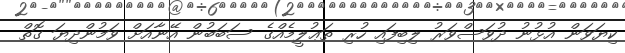
ކިޔަވަން އުޅުނު ދުވަސްވަރު ލިބިފައި ހުރި ތަޢުލީމެއްގެ ސަބަބުން އޭނާއަށް ވަމުންދިޔަ ގޮތް